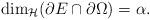
LaTeX: \begin{align*}\mathrm{dim}_\mathcal{H}(\partial E \cap \partial \Omega) = \alpha.\end{align*}